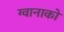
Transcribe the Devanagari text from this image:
ग्वानाको